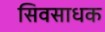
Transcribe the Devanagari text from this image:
सिवसाधक